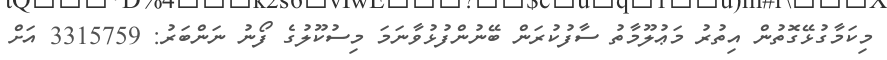
މިކަމާގުޅޭގޮތުން އިތުރު މަޢުލޫމާތު ސާފުކުރަން ބޭނުންފުޅުވާނަމަ މިސުކޫލުގެ ފޯނު ނަންބަރު: 3315759 އަށް